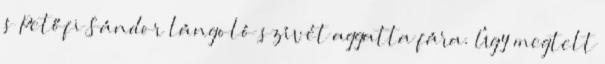
s Petőfi Sándor lángoló szívét aggatta fára. Úgy megtelt